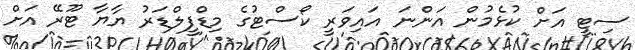
ސިޓީ އަށް ކުޅެމުން އަންނަ އައިވަރީ ކޯސްޓުގެ މިޑްފީލްޑަރު ޔާޔާ ޓޫރޭ އަށް